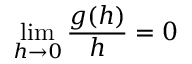
\operatorname* { l i m } _ { h \to 0 } { \frac { g ( h ) } { h } } = 0